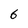
Character: 6